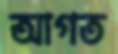
আগত